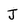
Character: J